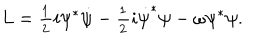
L = \frac { _ 1 } { ^ 2 } i \psi ^ { * } \dot { \psi } - \frac { _ 1 } { ^ 2 } i \dot { \psi } ^ { * } \psi - \omega \psi ^ { * } \psi .